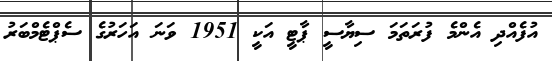
އުފެއްދި އެންމެ ފުރަތަމަ ސިޔާސީ ޕާޓީ އަކީ 1951 ވަނަ އަހަރުގެ ސެޕްޓެމްބަރު